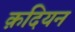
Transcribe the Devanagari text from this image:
क़दियन